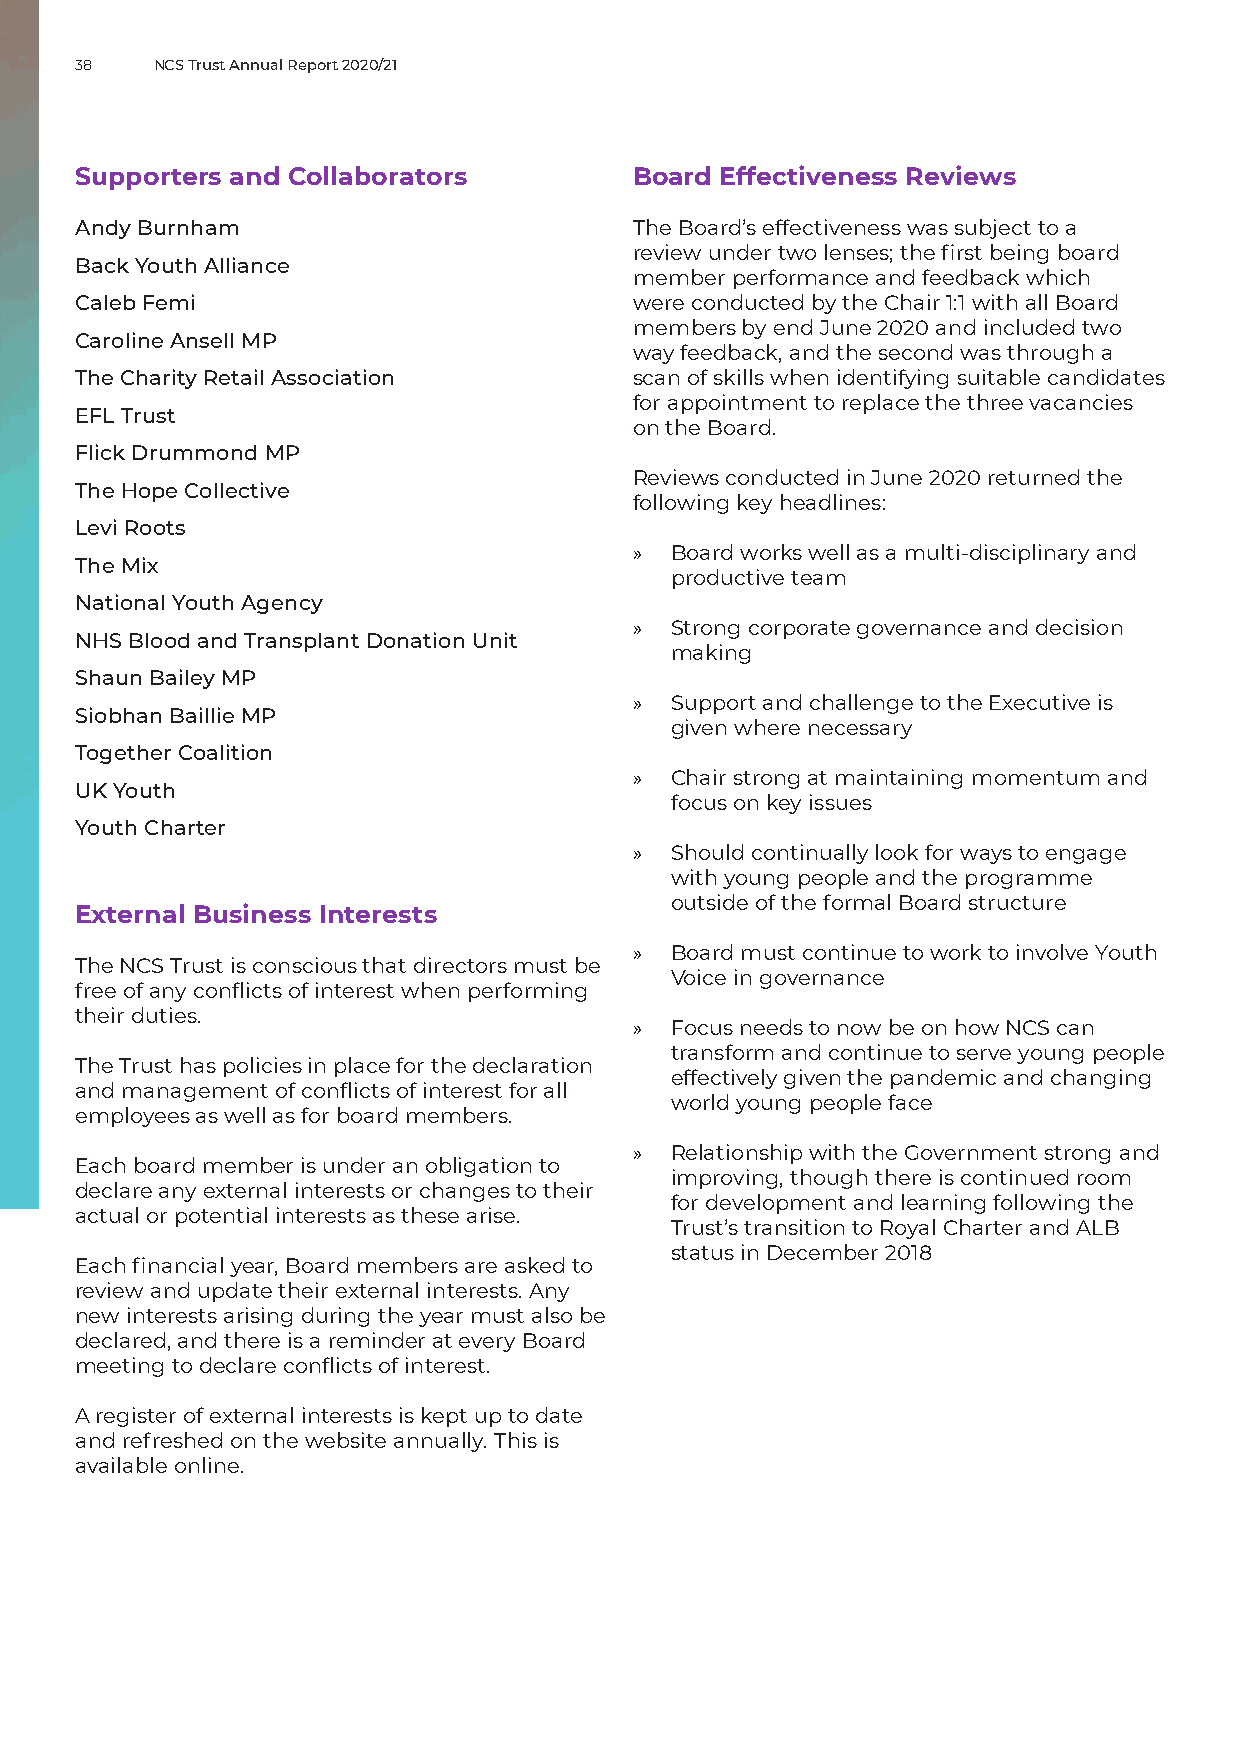
38   NCS Trust Annual Report 2020/21
 Supporters and Collaborators         Board Effectiveness Reviews
 A ndy Burnham                        The Board’s effectiveness was subject to a
 review under two lenses; the first being board
 Back Youth Alliance
 member performance and feedback which
 Caleb Femi                           were conducted by the Chair 1:1 with all Board
 members by end June 2020 and included two
 Caroline Ansell MP
 way feedback, and the second was through a
 The Charity Retail Association       scan of skills when identifying suitable candidates
 for appointment to replace the three vacancies
 EFL Trust
 on the Board.
 Flick Drummond MP
 Reviews conducted in June 2020 returned the
 The Hope Collective
 following key headlines:
 Levi Roots
 » Board works well as a multi-disciplinary and
 The Mix
 productive team
 National Youth Agency
 » Strong corporate governance and decision
 NHS Blood and Transplant Donation Unit
 making
 Shaun Bailey MP
 » Support and challenge to the Executive is
 Siobhan Baillie MP
 given where necessary
 Together Coalition
 » Chair strong at maintaining momentum and
 UK Youth
 focus on key issues
 Youth Charter
 » Should continually look for ways to engage
 with young people and the programme
 outside of the formal Board structure
 External Business Interests
 » Board must continue to work to involve Youth
 The NCS Trust is conscious that directors must be
 Voice in governance
 free of any conflicts of interest when performing
 their duties.
 » Focus needs to now be on how NCS can
 transform and continue to serve young people
 The Trust has policies in place for the declaration
 effectively given the pandemic and changing
 and management of conflicts of interest for all
 world young people face
 employees as well as for board members.
 » Relationship with the Government strong and
 Each board member is under an obligation to
 improving, though there is continued room
 declare any external interests or changes to their
 for development and learning following the
 actual or potential interests as these arise.
 Trust’s transition to Royal Charter and ALB
 status in December 2018
 Each financial year, Board members are asked to
 review and update their external interests. Any
 new interests arising during the year must also be
 declared, and there is a reminder at every Board
 meeting to declare conflicts of interest.
 A register of external interests is kept up to date
 and refreshed on the website annually. This is
 available online.